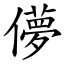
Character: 儚